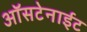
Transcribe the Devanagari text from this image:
ऑसटेनाईट